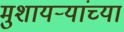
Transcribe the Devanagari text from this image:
मुशायऱ्यांच्या